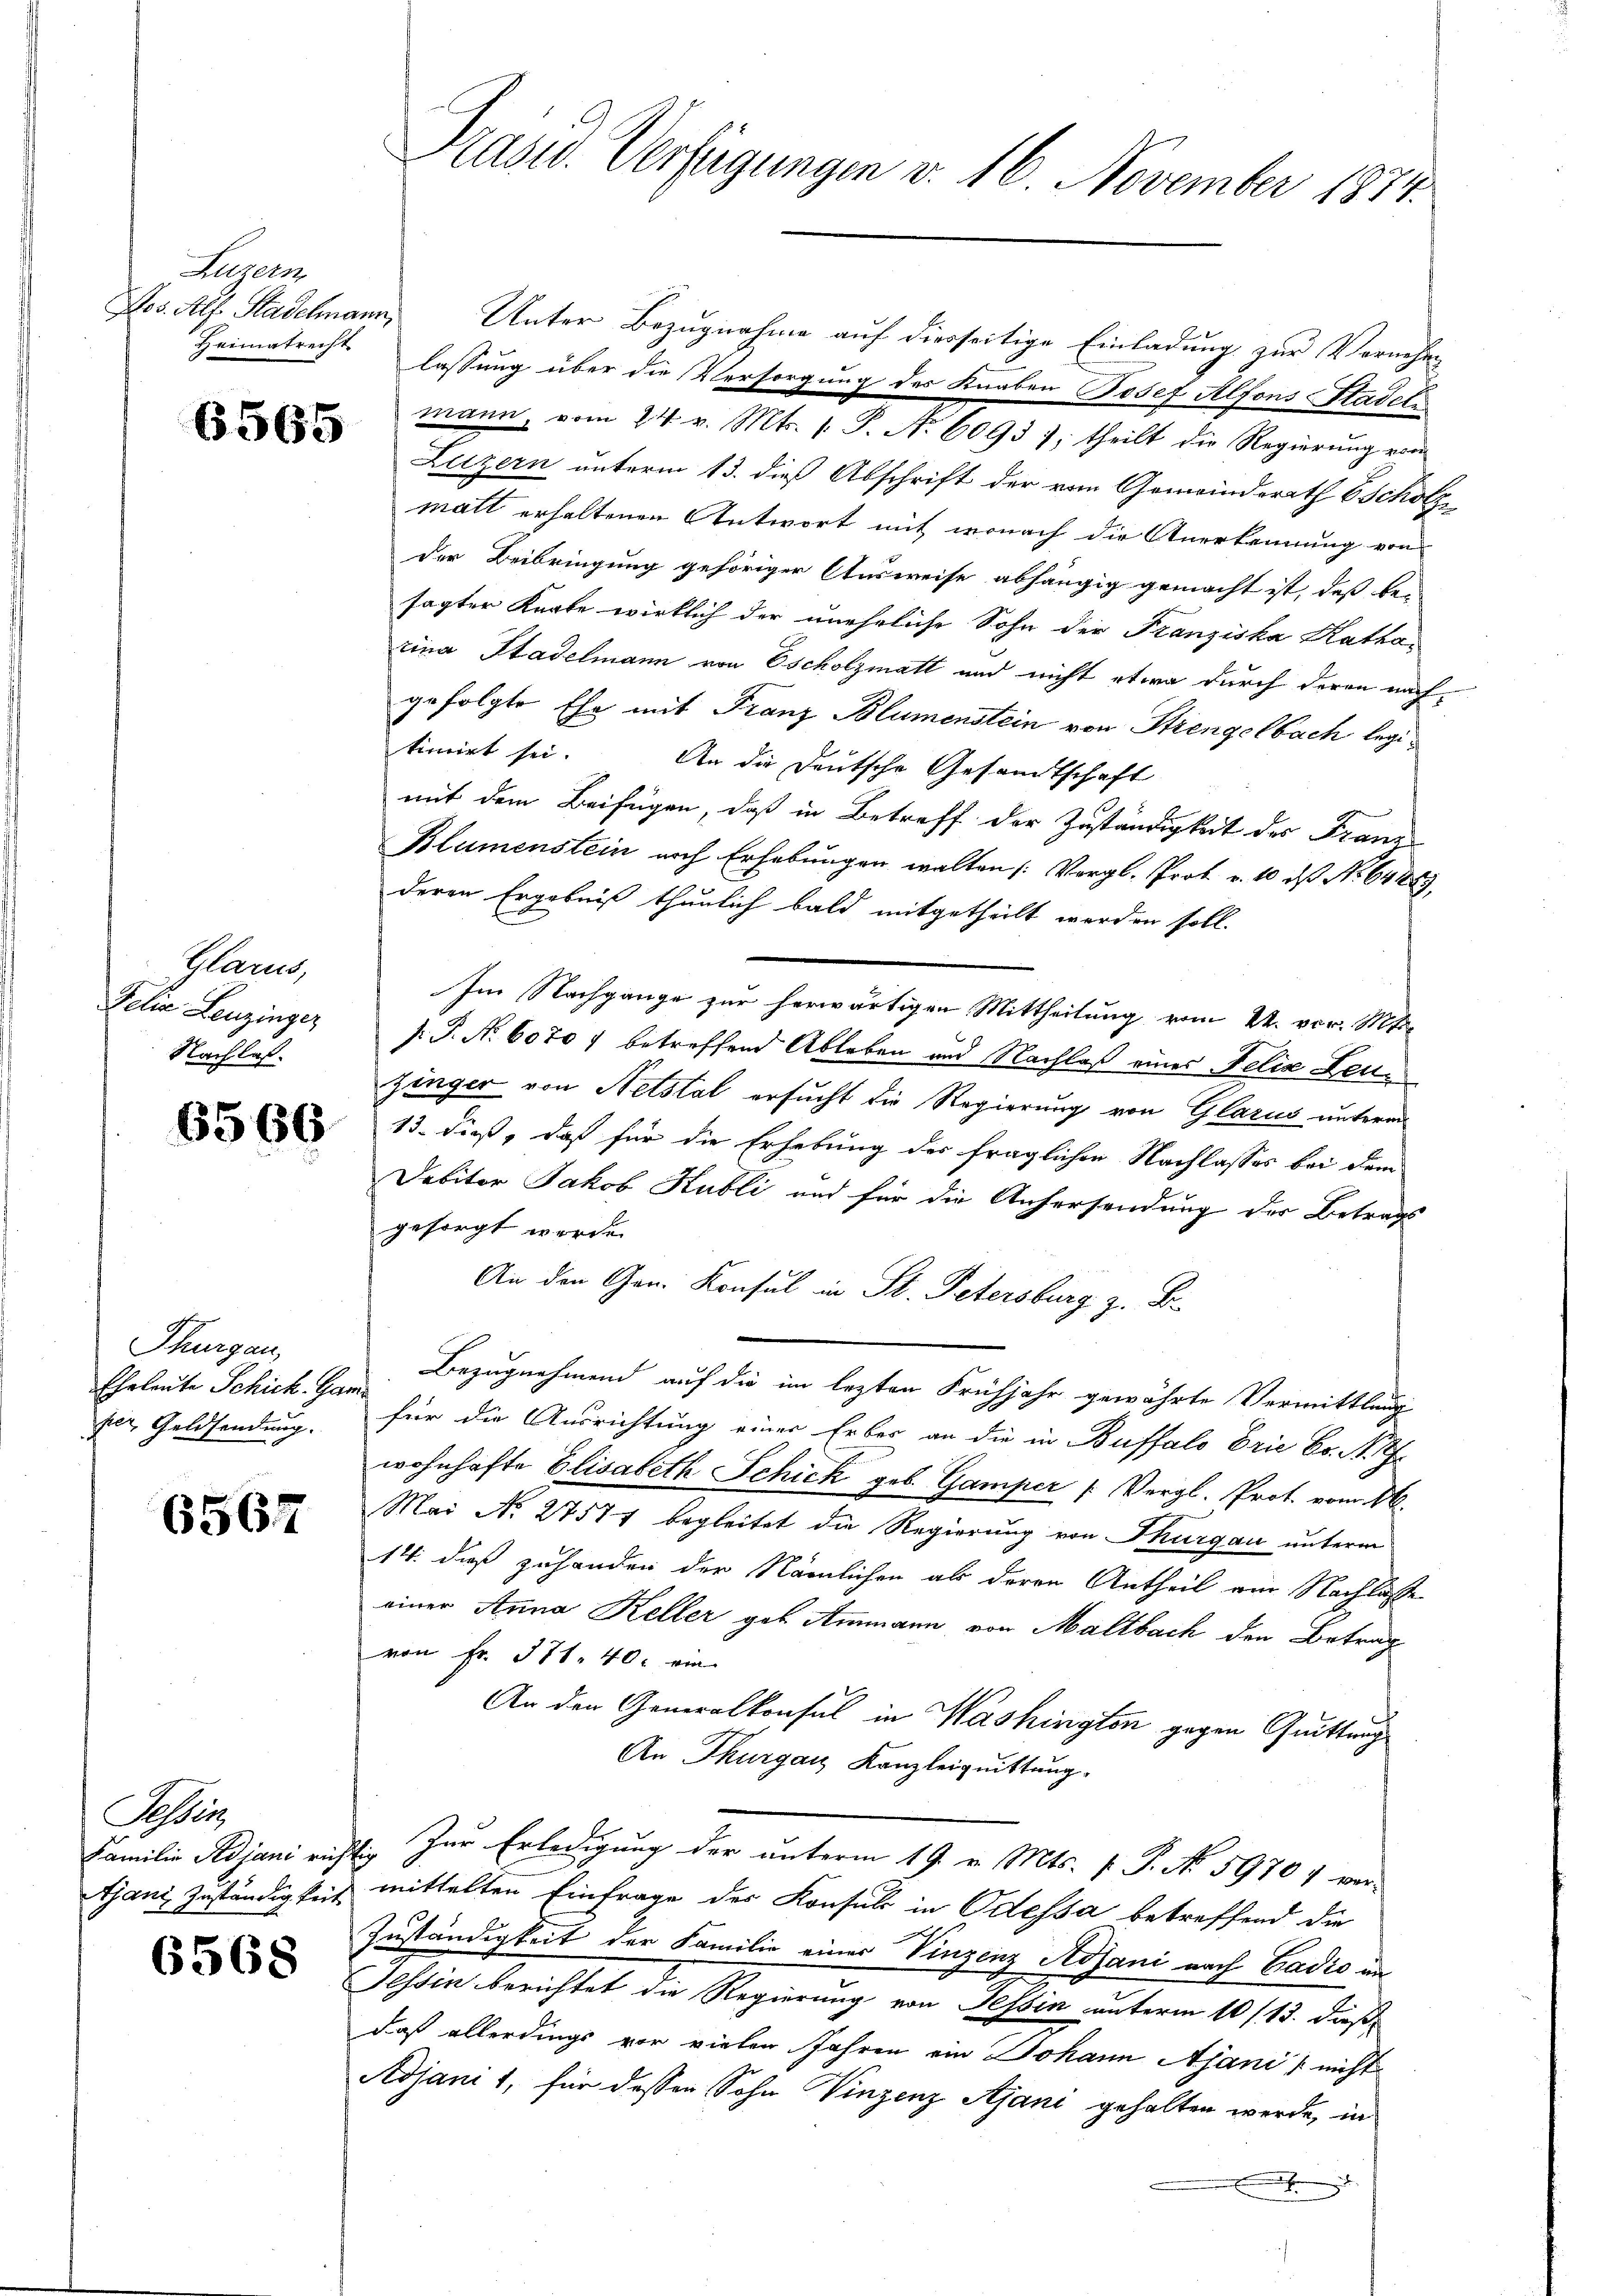
Luzern
Hos. Als Stadelmann,
Heimatrecht

Glarus,
Felix Leuzinges
Nachlas.

Thurgau,
Eheleute Schick. Gar
per, Geldsendung.

6567

Paten

6568

Unter Bezugnahme auf diesseitige Einladung zur Vornehm
lassung über die Versorgung des Knaben Josef Alfons Stadeln
3 Mann, vom 24. v. Mts. 1. P. Nr. 6093 7, theilt die Regierŭng von
Luzern unterm 13. dieß Abschrift der vom Gemeinderath Scholz
matt erhaltenen Antwort mit wonach die Anerkennung von
der Beibringung gehöriger Ausweise abhängig gemacht ist, das be-
sagter Knabe wirklich der unehrliche Sohn der Franziska Katharina Stadelmann von Escholzmatt und nicht etwa durch deren nach
gefolgte Ehe mit Franz Blumenstein von Strengelbach legitimirt sei. An die Deutsche Gesandtschaft
mit dem Beifügen, daß in Betreff der Zuständigkeit des Franz
Blumenstein nach Erhebungen walten (Vergl. Prof. v. 10 des No 64289
deren Ergebniß thunlich bald mitgetheilt werden soll.
Im Nachgange zur herwärtigen Mittheilung vom 24. vor. Mts.
P.P. Nr. 60707 betreffend Ableben und Nachlaß eines Felix Leuzinger von Netstal ersucht die Regierung von Glarus unterm
 13. dieß, daß für die Erhebung der fraglichen Nachlasses bei dem
Debitor Jakob Kubli und für die Anhersendung der Betrags
gesorgt werde.
An den Gen. Konsul in St. Petersburg z. B.
Bezugnehmend auf die im lezten Frühjahr gewährte Vermittlung
für die Ausrichtung einer Erber an die in Buffalo orie Co. N. 7
wohnhafte Elisabeth Schick geb. Gamper (Vergl. Prot. vom 16.
Mai No 27574 begleitet die Regierung von Thurgau unterm
14. dieß zuhanden der Nämlichen als deren Antheil am Nachlasse
einer Anna Keller geb. Ammann von Maltbach den Betrag
von Fr. 371. 40. ein
An den Generalkonsul in Washington gegen Quittung
An Thurgau Kanzleiquittung.
Familie Adjani richtig zur Erledigung der unterm 19. v. Mts. f. P. No 59707 vor
Ganz Zuständigkeit mittelten Einfrage des Konsul in Odessa betreffend die
Zuständigkeit der Familie einer Vinzenz Adsani nach Gadio in
Tessin berichtet die Regierung von Tessin unterm 10/13. dieß
daß allerdings vor vielen Jahren ein Johann Ajanis nicht
Adjanit, für dessen Sohn Vinzenz Ajani gehalten werde, in
.

Präsid. Verfügungen v. 16. November 1874.